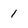
Character: 1